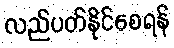
လည်ပတ်နိုင်စေရန်